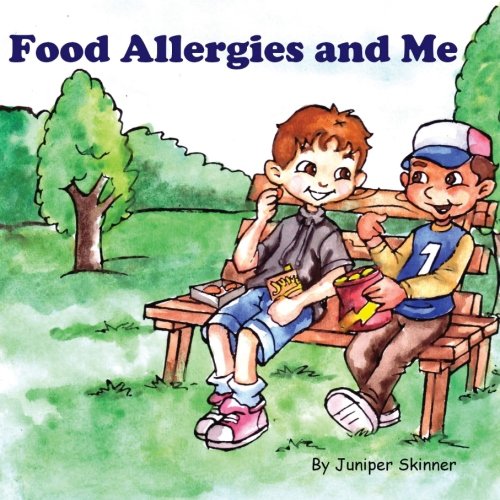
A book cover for Food Allergies and Me: A Children's Book; Juniper Skinner; Health, Fitness & Dieting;